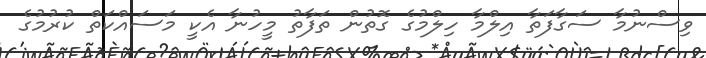
ވިސްނުމާ ސަގާފަތާ އިލްމާ ހިލްމުގެ ގޮތުން ތަފާތު މީހުނާ އެކީ މަސައްކަތް ކުރުމުގެ